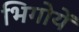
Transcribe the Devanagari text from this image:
भिगोयें